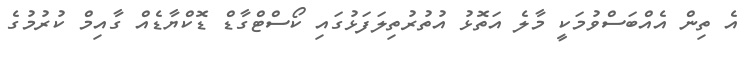
އެ ތިން އެއްބަސްވުމަކީ މާލެ އަތޮޅު އުތުރުތިލަފަޅުގައި ކޯސްޓްގާޑް ޑޮކްޔާޑެއް ގާއިމް ކުރުމުގެ